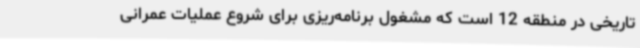
تاریخی در منطقه 12 است که مشغول برنامه‌ریزی برای شروع عملیات عمرانی